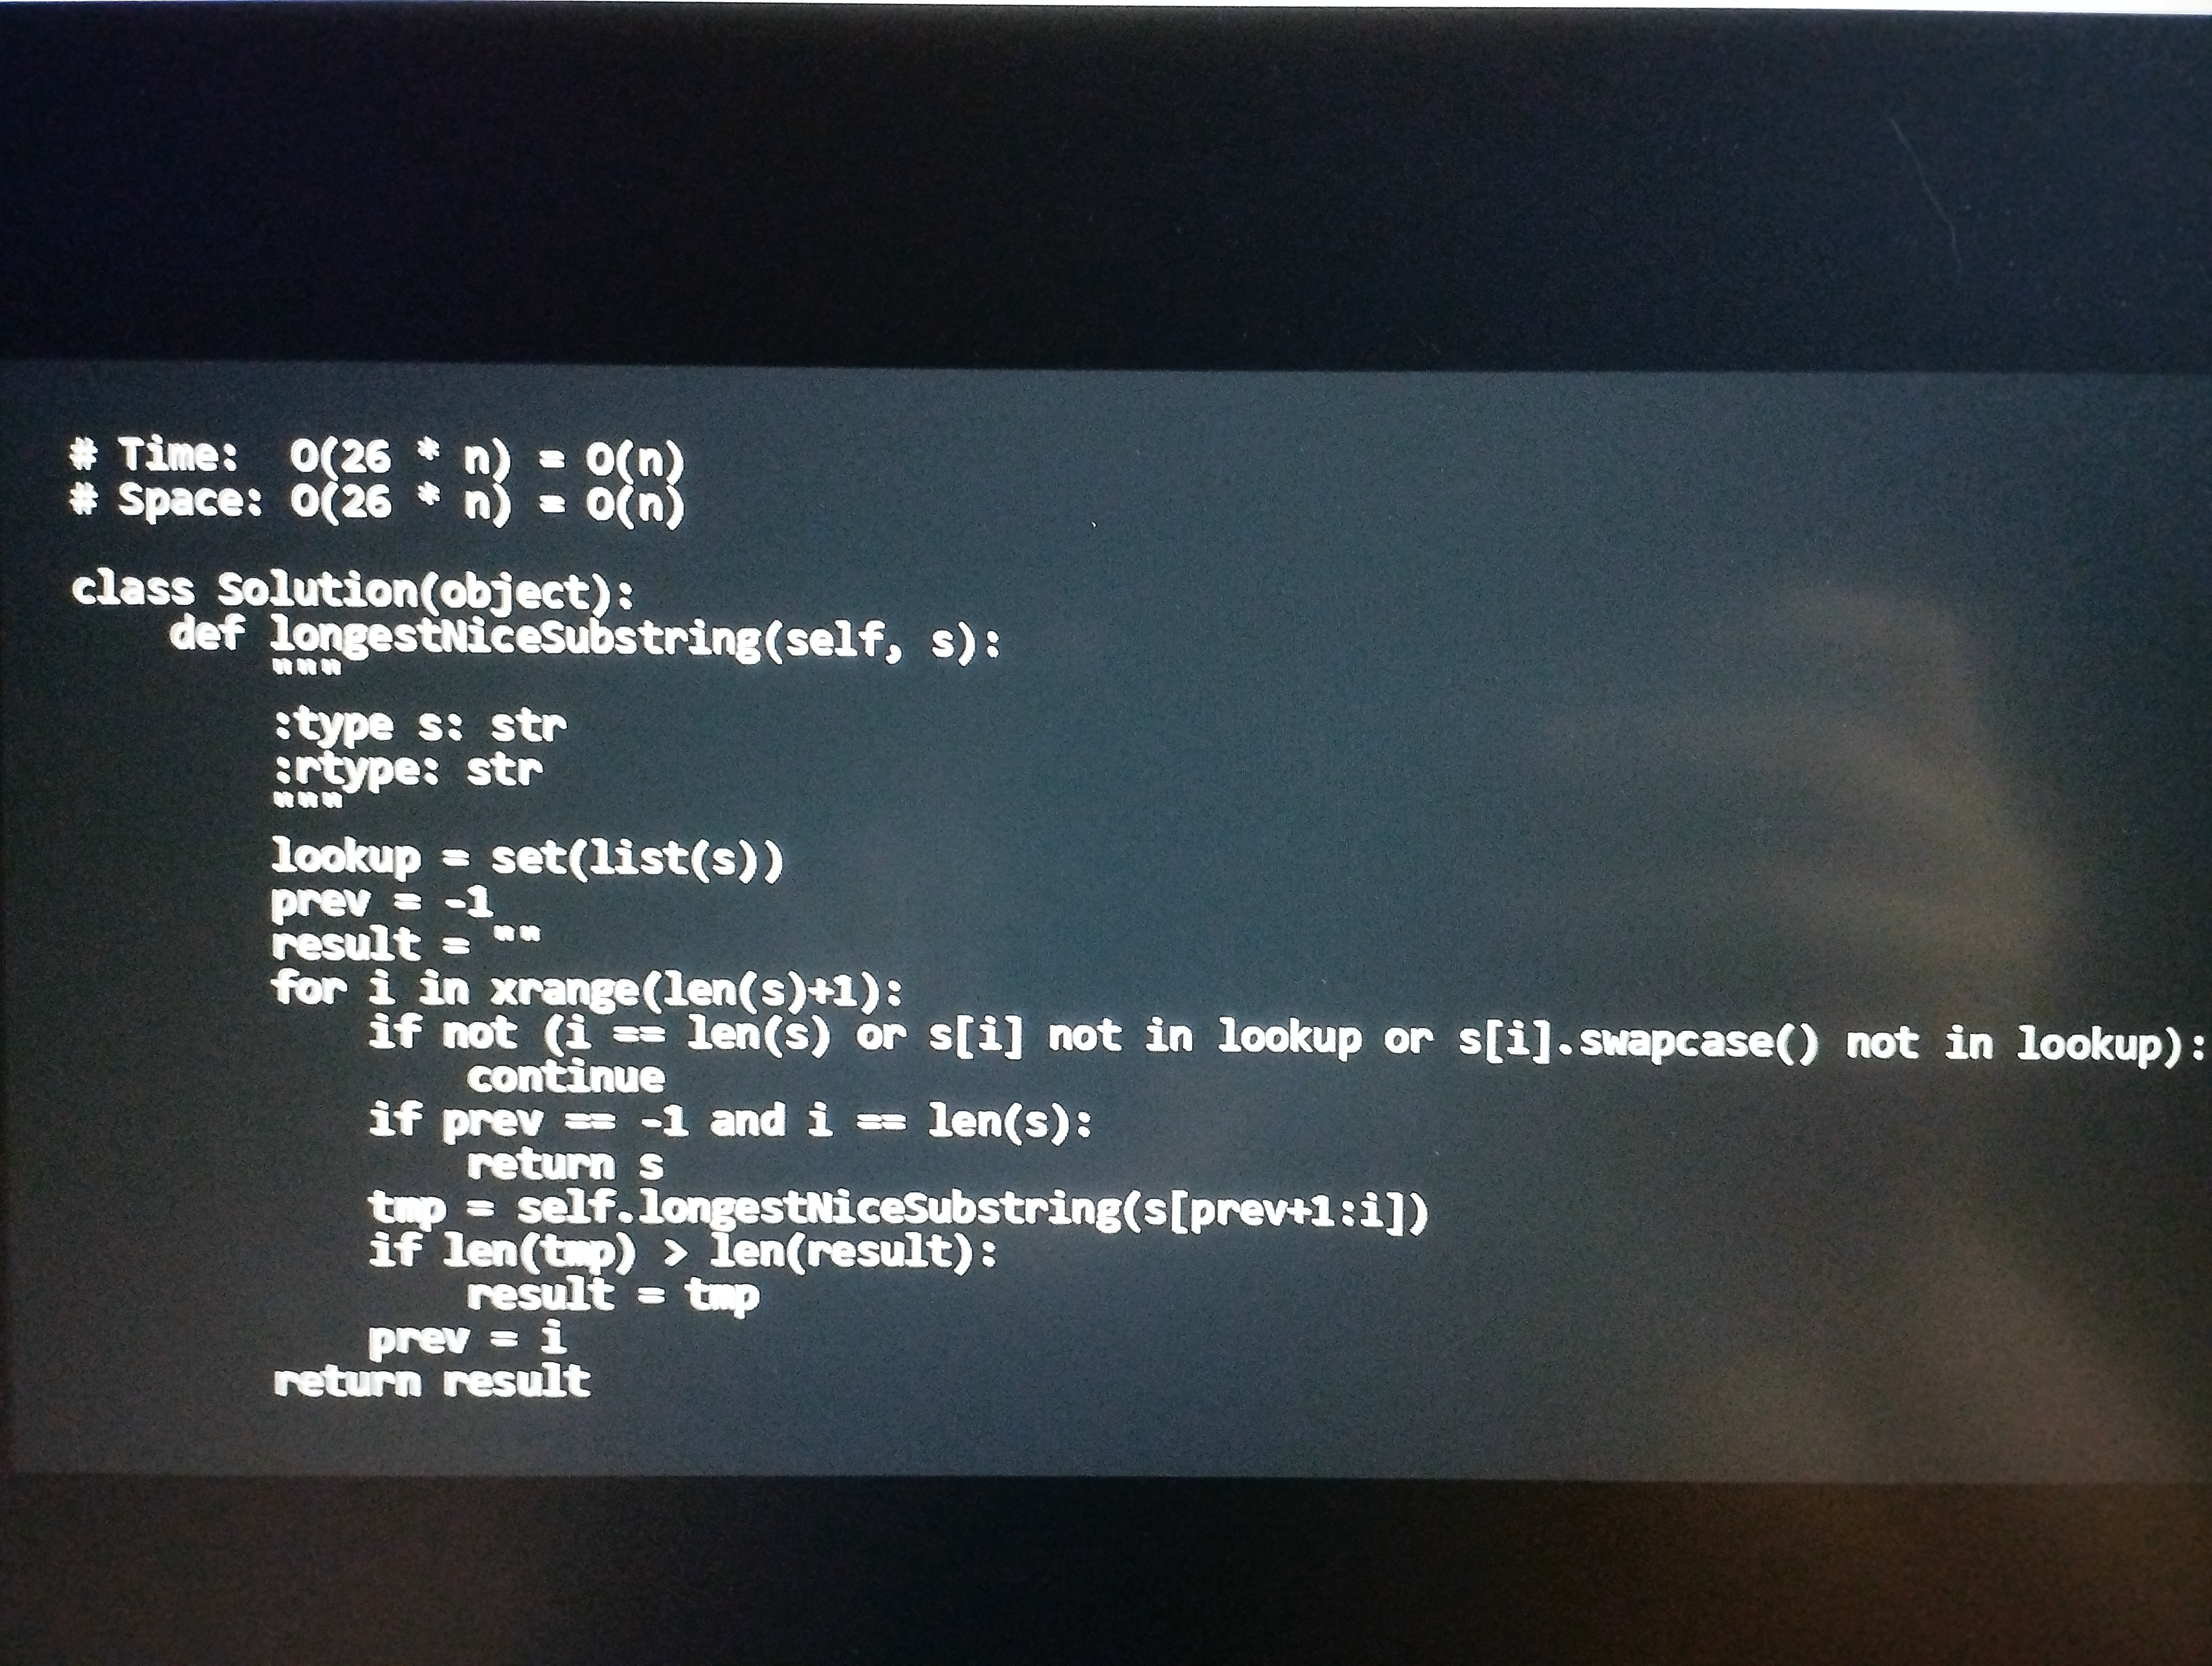
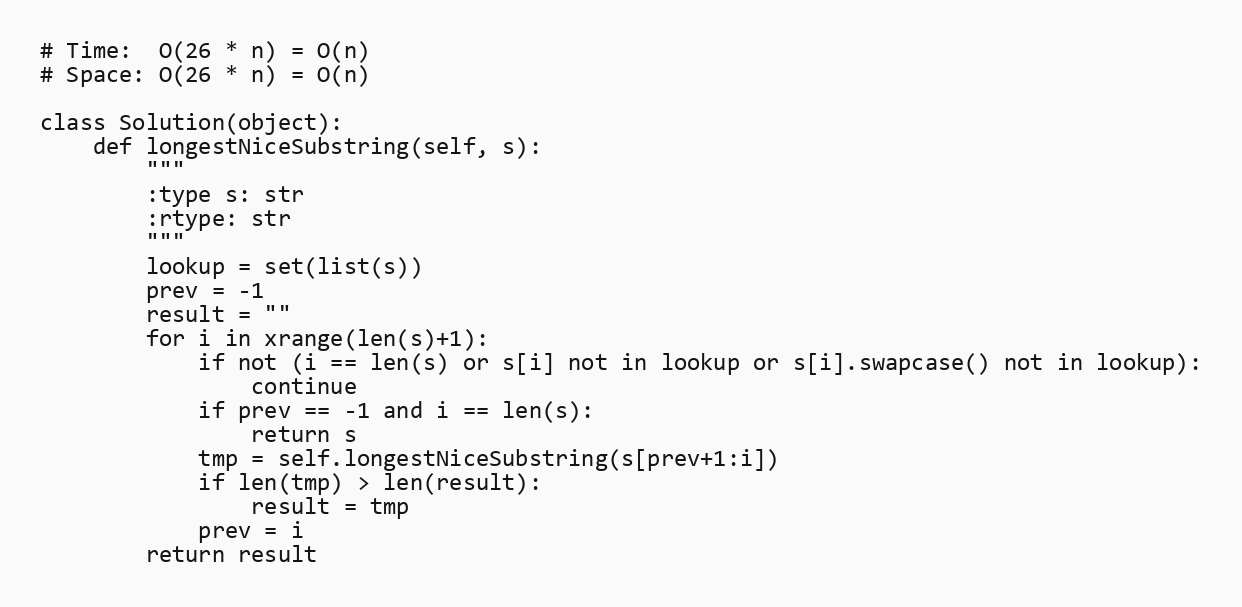
# Time:  O(26 * n) = O(n)
# Space: O(26 * n) = O(n)

class Solution(object):
    def longestNiceSubstring(self, s):
        """
        :type s: str
        :rtype: str
        """
        lookup = set(list(s))
        prev = -1
        result = ""
        for i in xrange(len(s)+1):
            if not (i == len(s) or s[i] not in lookup or s[i].swapcase() not in lookup):
                continue
            if prev == -1 and i == len(s):
                return s
            tmp = self.longestNiceSubstring(s[prev+1:i])
            if len(tmp) > len(result):
                result = tmp
            prev = i
        return result